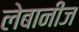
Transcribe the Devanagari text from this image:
लेबानीज